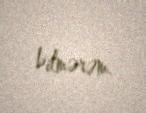
bilmərəm.